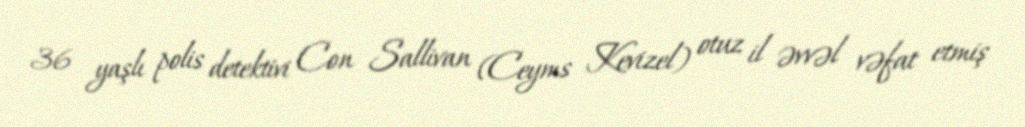
36 yaşlı polis detektivi Con Sallivan (Ceyms Kevizel) otuz il əvvəl vəfat etmiş